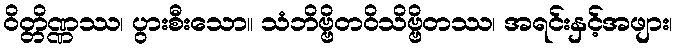
ဝိတ္တိဏ္ဏဿ၊ ပွားစီးသော။ သံဘိဗ္ဗိတဝိသိဗ္ဗိတဿ၊ အရင်းနှင့်အဖျား၊